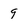
Character: 9